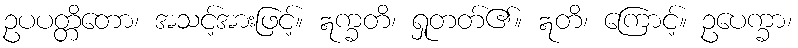
ဥပပတ္တိတော၊ အသင့်အားဖြင့်။ ဣက္ခတိ၊ ရှုတတ်၏။ ဣတိ၊ ကြောင့်။ ဥပေက္ခာ၊